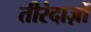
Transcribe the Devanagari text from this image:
तीरंदाज़ों